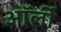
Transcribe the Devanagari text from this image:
ऑर्ली